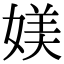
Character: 媄